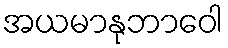
အယမာနုဘာဝေါ